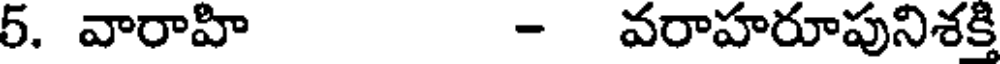
5. వారాహ - వరాహరూపునిశక్తి